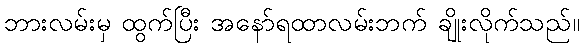
ဘားလမ်းမှ ထွက်ပြီး အနော်ရထာလမ်းဘက် ချိုးလိုက်သည်။